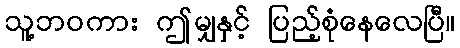
သူ့ဘဝကား ဤမျှနှင့် ပြည့်စုံနေလေပြီ။